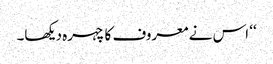
‘‘ اس نے معروف کا چہرہ دیکھا۔